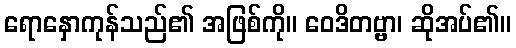
ရောနှောကုန်သည်၏ အဖြစ်ကို။ ဝေဒိတဗ္ဗာ၊ ဆိုအပ်၏။